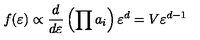
f ( \varepsilon ) \propto { \frac { d } { d \varepsilon } } \left( \prod a _ { i } \right) \varepsilon ^ { d } = V \varepsilon ^ { d - 1 }